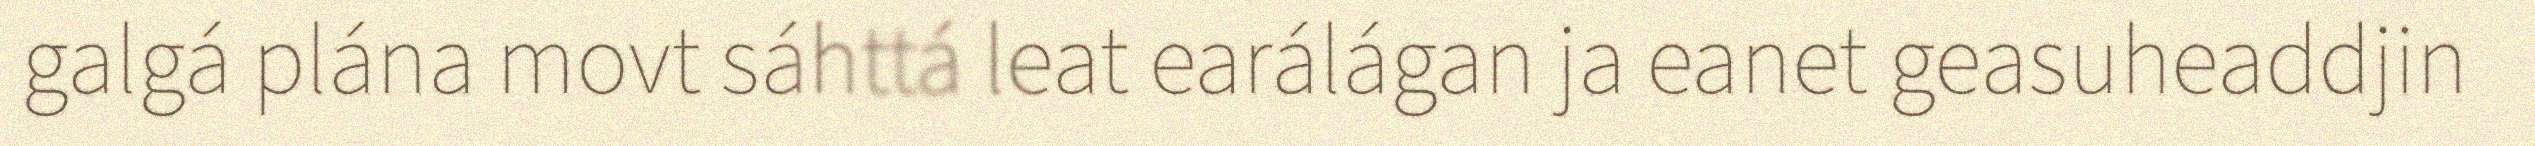
galgá plána movt sáhttá leat earálágan ja eanet geasuheaddjin